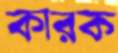
কারক